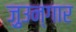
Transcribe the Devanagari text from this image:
ज़ुउन्गार